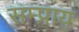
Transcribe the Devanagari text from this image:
सम्प्राय